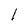
Character: l